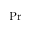
\operatorname* { P r }